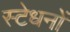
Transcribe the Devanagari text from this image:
स्टेधनों